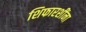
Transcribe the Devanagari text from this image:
शिफारशींना